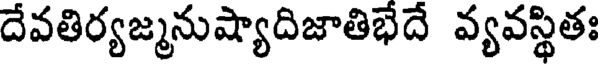
దేవతిర్యజ్మనుష్యాదిజాతిభేదే వ్యవస్థితః